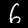
Digit: 6